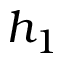
h _ { 1 }